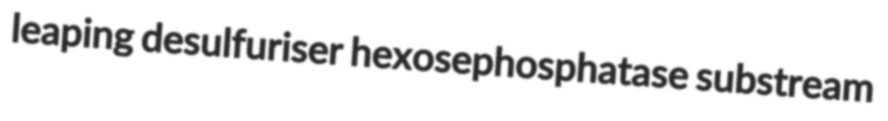
leaping desulfuriser hexosephosphatase substream